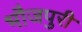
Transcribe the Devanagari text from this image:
भौजपुरी